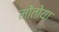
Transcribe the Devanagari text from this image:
मोंतोया